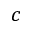
c